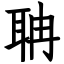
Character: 聃